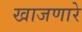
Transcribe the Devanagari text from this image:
खाजणारे